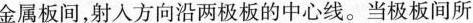
金属板间，射入方向沿两极板的中心线。当极板间所